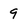
Character: 9